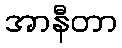
အာနီတာ